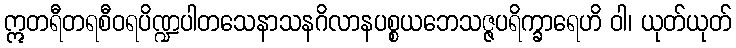
ဣတရီတရစီဝရပိဏ္ဍပါတသေနာသနဂိလာနပစ္စယဘေသဇ္ဇပရိက္ခာရေဟိ ဝါ၊ ယုတ်ယုတ်